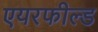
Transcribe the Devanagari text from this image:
एयरफील्‍ड